Leaving Certificate Examination (including Day School Certificate (Higher) General paper), 1926
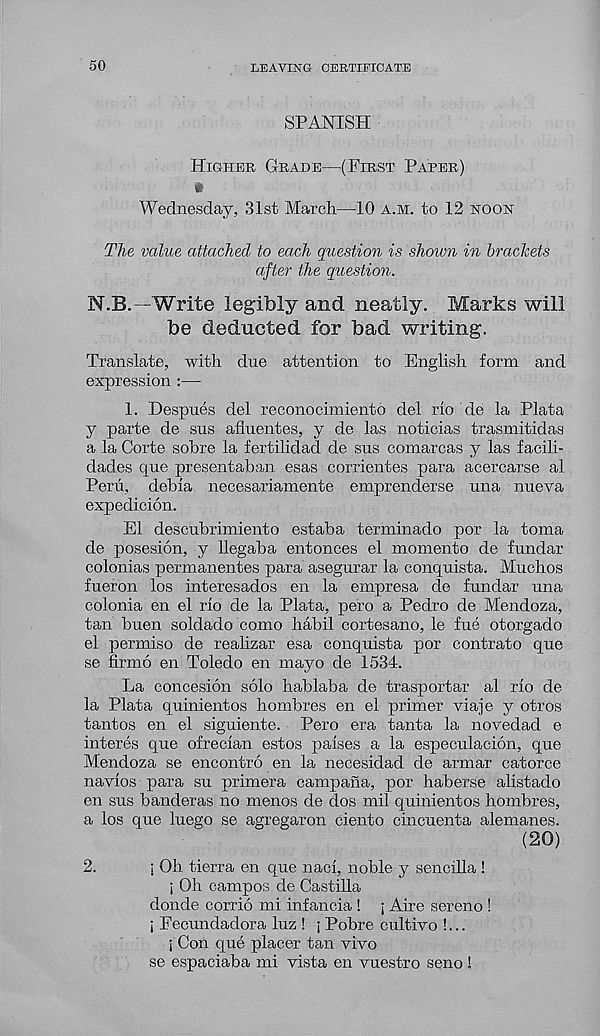
50
LEAVING CERTIFICATE
SPANISH
Higher Grade—(First Paper)
Wednesday, 31st March—10 a.m. to 12 noon
The value attached to each question is shown in brackets
after the question.
N.B.—Write legibly and neatly. Marks will
be deducted for bad writing.
Translate, with due attention to English form and
expression :—
1. Despues del reconocimiento del rio de la Plata
y parte de sus afhientes, y de las noticias trasmitidas
a la Corte sobre la fertilidad de sus comarcas y las facili-
dades que presentaban esas corrientes para acercarse al
Peru, debia necesariamente emprenderse una nueva
expedicion.
El descubrimiento estaba terminado por la toma
de posesion, y llegaba entonces el momento de fundar
colonias permanentes para asegurar la conquista. Muchos
fueron los interesados en la empresa de fundar una
colonia en el rio de la Plata, pero a Pedro de Mendoza,
tan buen soldado como habil cortesano, le fue otorgado
el permiso de realizar esa conquista por contrato que
se firmo en Toledo en mayo de 1534.
La concesion solo hablaba de trasportar al rio de
la Plata quinientos hombres en el primer viaje y otros
tantos en el siguiente. Pero era tanta la novedad e
interes que ofrecian estos paises a la especulacion, que
Mendoza se encontro en la necesidad de armar catorce
navios para su primera campana, por haberse alistado
en sus banderas no menos de dos mil quinientos hombres,
a los que luego se agregaron ciento cincuenta alemanes.
(20)
2.
j Oh tierra en que naci, noble y sencilla !
; Oh campos de Castilla
donde corrio mi infancia ! | Aire sereno !
i Eecundadora luz ! j Pobre cultivo !...
i Con que placer tan vivo
se espaciaba mi vista en vuestro seno!